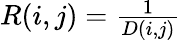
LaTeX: \begin{array}{r}{R(i,j)=\frac{1}{D(i,j)}}\end{array}